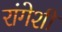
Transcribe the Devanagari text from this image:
रांगेशी